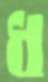
ধ